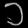
Digit: ၁